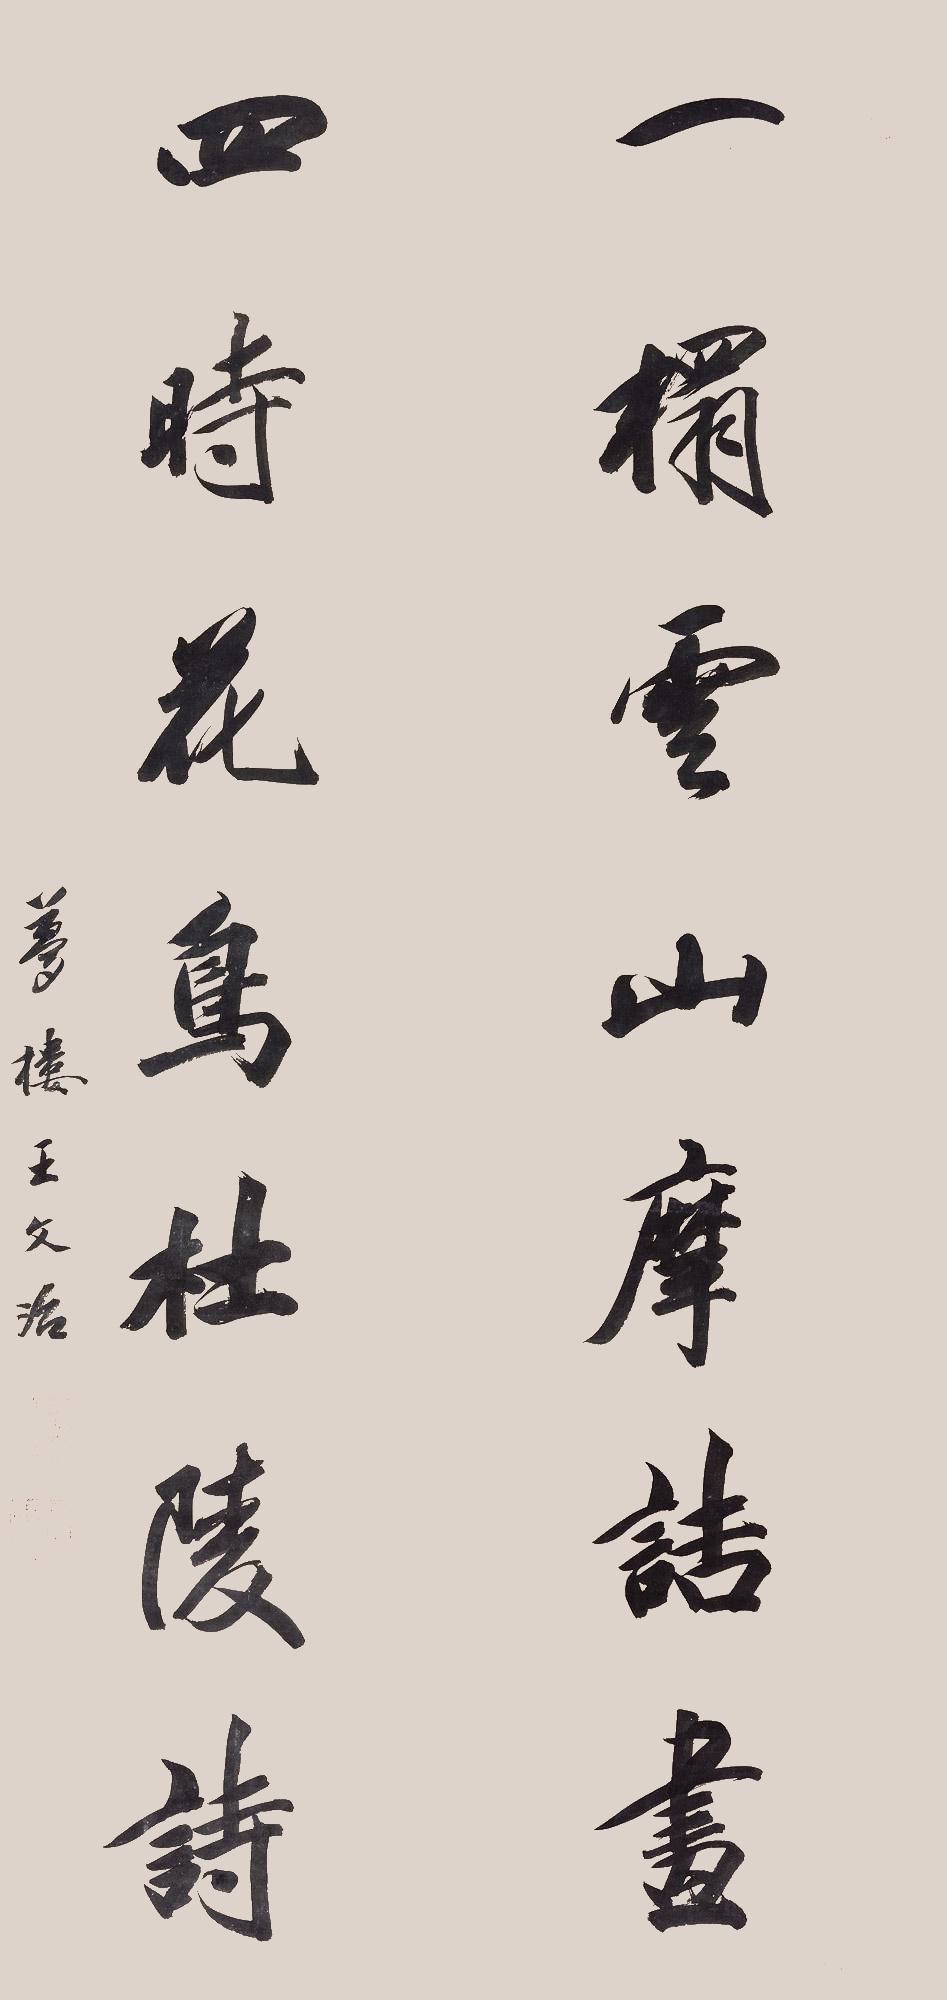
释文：一榻云山摩诘画，四时花鸟杜陵诗。梦楼王文治。